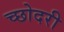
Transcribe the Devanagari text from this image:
च्छोदरी